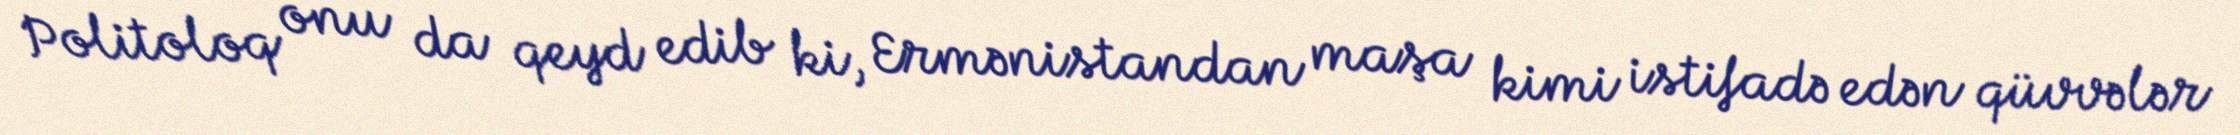
Politoloq onu da qeyd edib ki, Ermənistandan maşa kimi istifadə edən qüvvələr